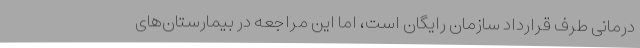
درمانی طرف قرارداد سازمان رایگان است، اما این مراجعه در بیمارستان‌های